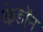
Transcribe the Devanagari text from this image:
केडोंन